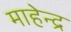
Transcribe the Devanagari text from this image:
माहेन्द्र